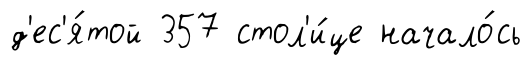
д'ес'я́той 357 стол'и́це начало́сь